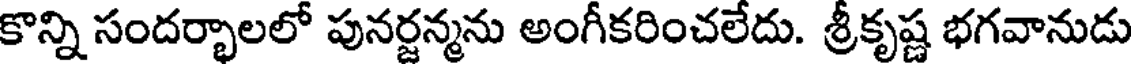
కొన్ని సందర్భాలలో పునర్జన్మను అంగీకరించలేదు. శ్రీకృష్ణ భగవానుడు